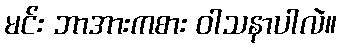
မင်း ဘာအားကစား ဝါသနာပါလဲ။